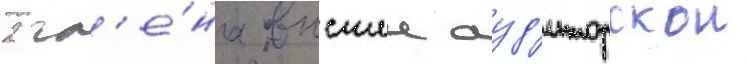
2 чл'е́на высшеи ауд'иторскои